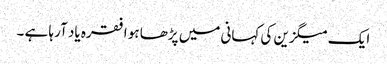
ایک میگزین کی کہانی میں پڑھا ہو ا فقرہ یاد آرہا ہے ۔